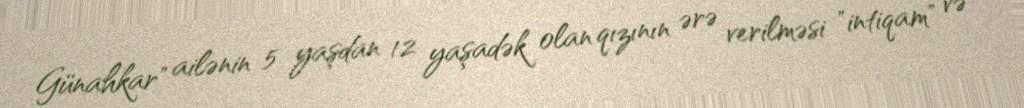
Günahkar" ailənin 5 yaşdan 12 yaşadək olan qızının ərə verilməsi "intiqam" və